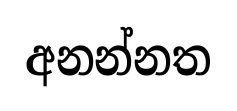
අනන්නත